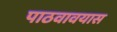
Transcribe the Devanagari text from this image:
पाठवावयास